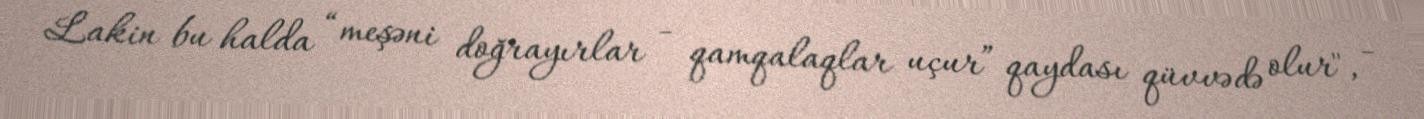
Lakin bu halda “meşəni doğrayırlar - qamqalaqlar uçur” qaydası qüvvədə olur", -